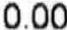
0.00